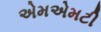
એમએમટી